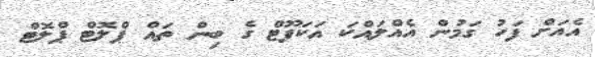
އެއަށް ފަހު ގަމުން އެއްލައްކަ އަކަފޫޓް ގެ ބިން ތައް ޕްލޮޓް ޕްލޮޓް